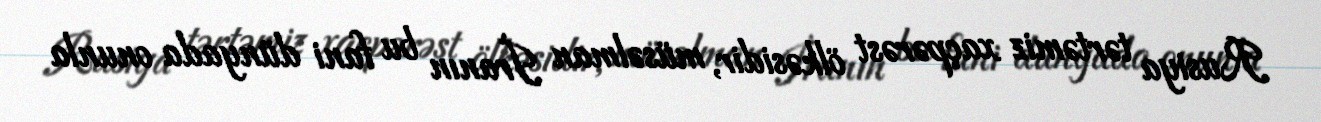
Rusiya tərtəmiz xaçpərəst ölkəsidir, müsəlman İranın bu fani dünyada onunla